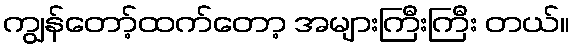
ကျွန်တော့်ထက်တော့ အများကြီးကြီး တယ်။